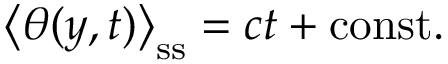
\left\langle \theta ( y , t ) \right\rangle _ { \mathrm { s s } } = c t + \mathrm { c o n s t } .